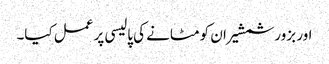
اور بزور شمشیر ان کو مٹانے کی پالیسی پر عمل کیا۔